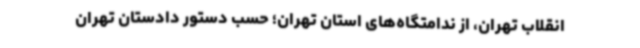
انقلاب تهران، از ندامتگاه‌های استان تهران؛ حسب دستور دادستان تهران